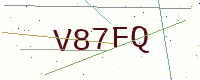
Text: V87FQ